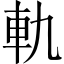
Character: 軌